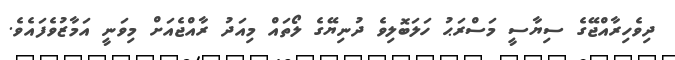
ދިވެހިރާއްޖޭގެ ސިޔާސީ މަސްރަޙު ހަލަބޮލިވެ ދުނިޔޭގެ ލޯތައް މިއަދު ރާއްޖެއަށް މިވަނީ އަމާޒުވެފައެވެ.